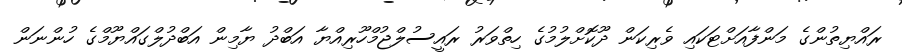
ރައްޔިތުންގެ މަންފާއަށްޓަކައި ވެރިކަން ދޫކޮށްލުމުގެ ހިތްވަރު ރައީސުލްޖުމްހޫރިއްޔާ އަބްދު ޔާމިން އަބްދުލްގައްޔޫމްގެ ހުންނަން